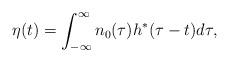
LaTeX: \begin{align*}\eta(t)= \int_{-\infty}^{\infty} n_0(\tau) h^{*}(\tau-t) d\tau,\end{align*}